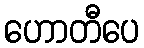
ဟောတီပေ